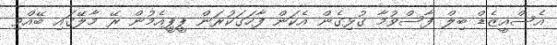
އެސްއީޒެޑް ބިލް ފާސްވުމާ ގުޅިގެން އެކަން ފާހަގަކުރަން ޕީޕީއެމުން ރޭ މާލޭގައި ބޭއްވި